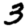
Digit: 3